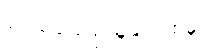
ဒေသခံပြည်သူများထံမှ